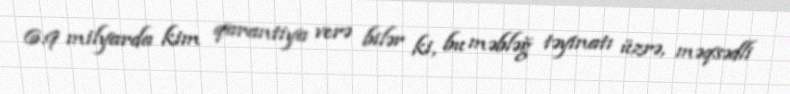
6.9 milyarda kim qarantiya verə bilər ki, bu məbləğ təyinatı üzrə, məqsədli